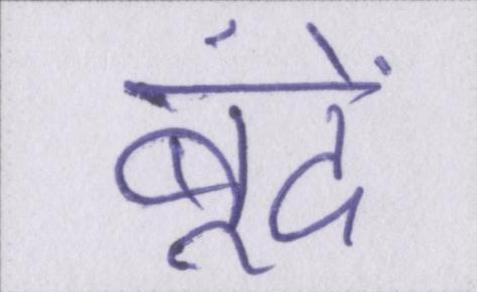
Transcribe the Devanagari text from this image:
बूंदें